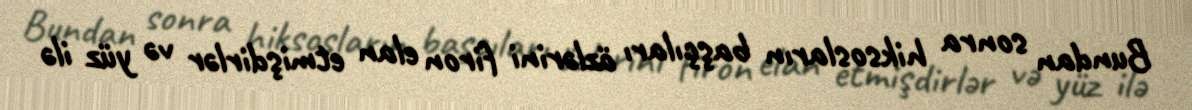
Bundan sonra hiksosların başçıları özlərini firon elan etmişdirlər və yüz ilə